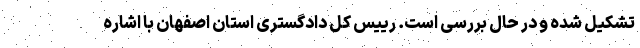
تشکیل شده و در حال بررسی است. رییس کل دادگستری استان اصفهان با اشاره